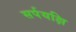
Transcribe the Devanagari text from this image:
सर्पयक्षि